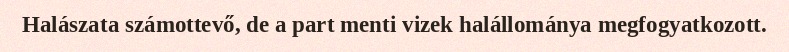
Halászata számottevő, de a part menti vizek halállománya megfogyatkozott.